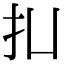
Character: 㧄